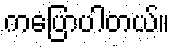
ကပြောပါတယ်။